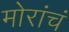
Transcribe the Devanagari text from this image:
मोरांचं